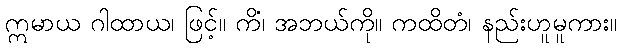
ဣမာယ ဂါထာယ၊ ဖြင့်။ ကိံ၊ အဘယ်ကို။ ကထိတံ၊ နည်းဟူမူကား။